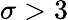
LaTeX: \sigma>3